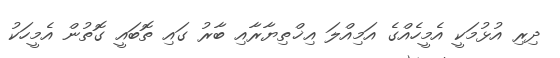
ދިރި އުޅުމަކީ އެމީހެއްގެ އަމިއްލަ އިޚްތިޔާރާއި ބާރު ގައި ތޮބައީ ގޮތުން އެމީހަކު